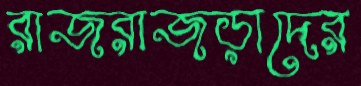
রাজরাজড়াদের